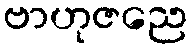
ဗာဟုဇညေ